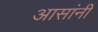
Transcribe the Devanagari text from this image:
आसांनी